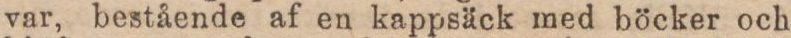
var, bestående af en kappsäck med böcker och